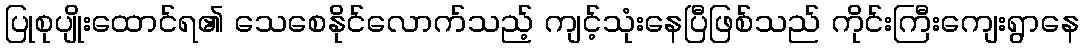
ပြုစုပျိုးထောင်ရ၏ သေစေနိုင်လောက်သည့် ကျင့်သုံးနေပြီဖြစ်သည် ကိုင်းကြီးကျေးရွာနေ